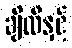
ချီလီနှင့်